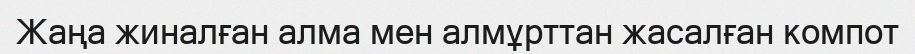
Жаңа жиналған алма мен алмұрттан жасалған компот